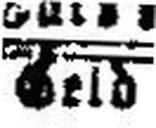
Geld